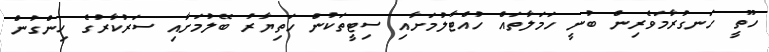
ހޫތީ ހަނގުރާމަވެރިން ބުނީ ހަމަލާތައް ހުއްޓާލުމަށާއި ސިޓީތަކުން ހަތިޔާރު ބޭލުމަށާއި ސަރުކާރުގެ ހިންގުން